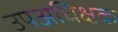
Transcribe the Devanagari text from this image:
उपअधिक्षक